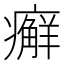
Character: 𰤇